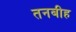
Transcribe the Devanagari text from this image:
तनबीह